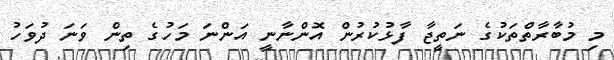
މި މުބާރާތްތަކުގެ ނަތީޖާ ފާޅުކުރުން އޮންނާނީ އަންނަ މަހުގެ ތިން ވަނަ ދުވަހު